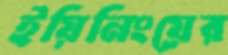
ইয়িনিংয়ের